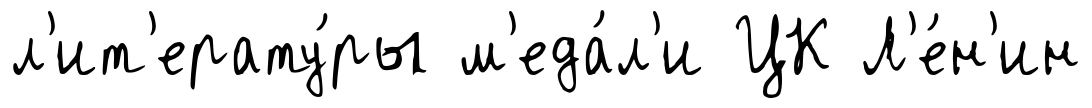
л'ит'ерату́ры м'еда́л'и ЦК Л'е́н'ин